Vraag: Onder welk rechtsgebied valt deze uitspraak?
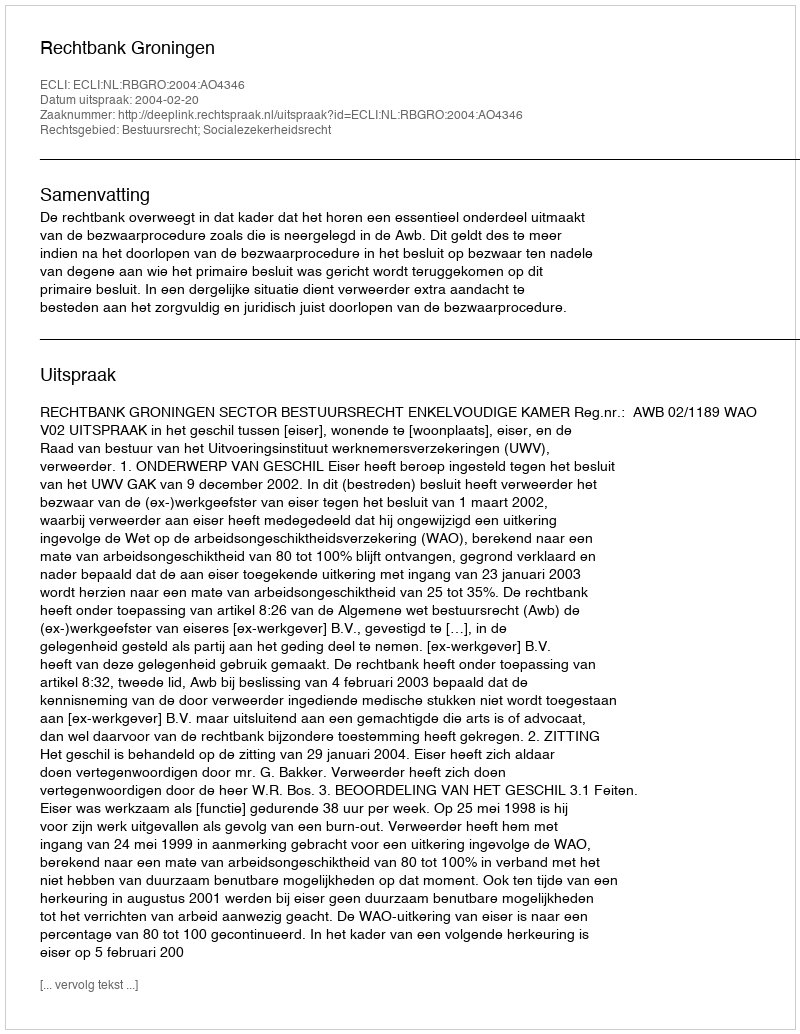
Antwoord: Bestuursrecht; Socialezekerheidsrecht